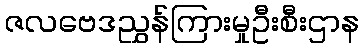
ဇလဗေဒညွှန်ကြားမှုဦးစီးဌာန